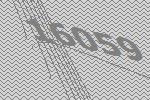
16059